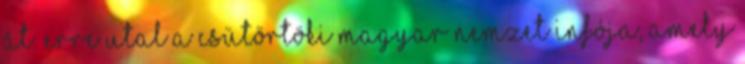
át. Erre utal a csütörtöki Magyar Nemzet infója, amely